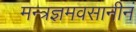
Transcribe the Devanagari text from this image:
मन्त्रज्ञमवसानीनं